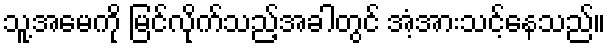
သူ့အမေကို မြင်လိုက်သည့်အခါတွင် အံ့အားသင့်နေသည်။